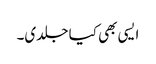
ایسی بھی کیا جلدی۔